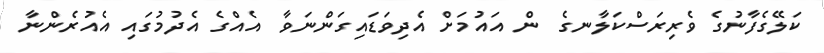
ކަލޭގެފާނުގެ ވެރިރަސްކަލާނގެ  ން އައުމަށް އެދިވަޑައިގަންނަވާ  އެއްގެ އެދުމުގައި އެއުރެންނާ